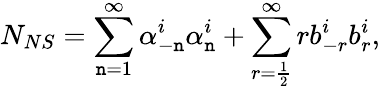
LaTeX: N_{NS}=\sum_{\mathtt{n}=1}^{\infty}\alpha_{-\mathtt{n}}^{i}\alpha_{\mathtt{n}}^{i}+\sum_{r=\frac{{1}}{{2}}}^{\infty}rb_{-r}^{i}b_{r}^{i},